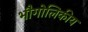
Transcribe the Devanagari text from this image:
भौगोलिकीय